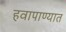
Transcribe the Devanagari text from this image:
हवापाण्यात